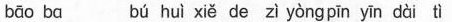
bāo bα bú huì xiě de zì yòngpīn yīn dài tì